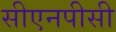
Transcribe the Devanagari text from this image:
सीएनपीसी